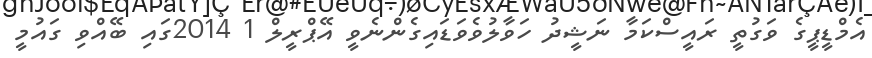
އެމްޑީޕީގެ ވަގުތީ ރައީސްކަމާ ނަޝީދު ހަވާލުވެވަޑައިގެންނެވީ އޭޕްރީލް 1 2014ގައި ބޭއްވި ގައުމީ